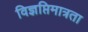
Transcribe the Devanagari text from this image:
विज्ञप्तिमात्रता